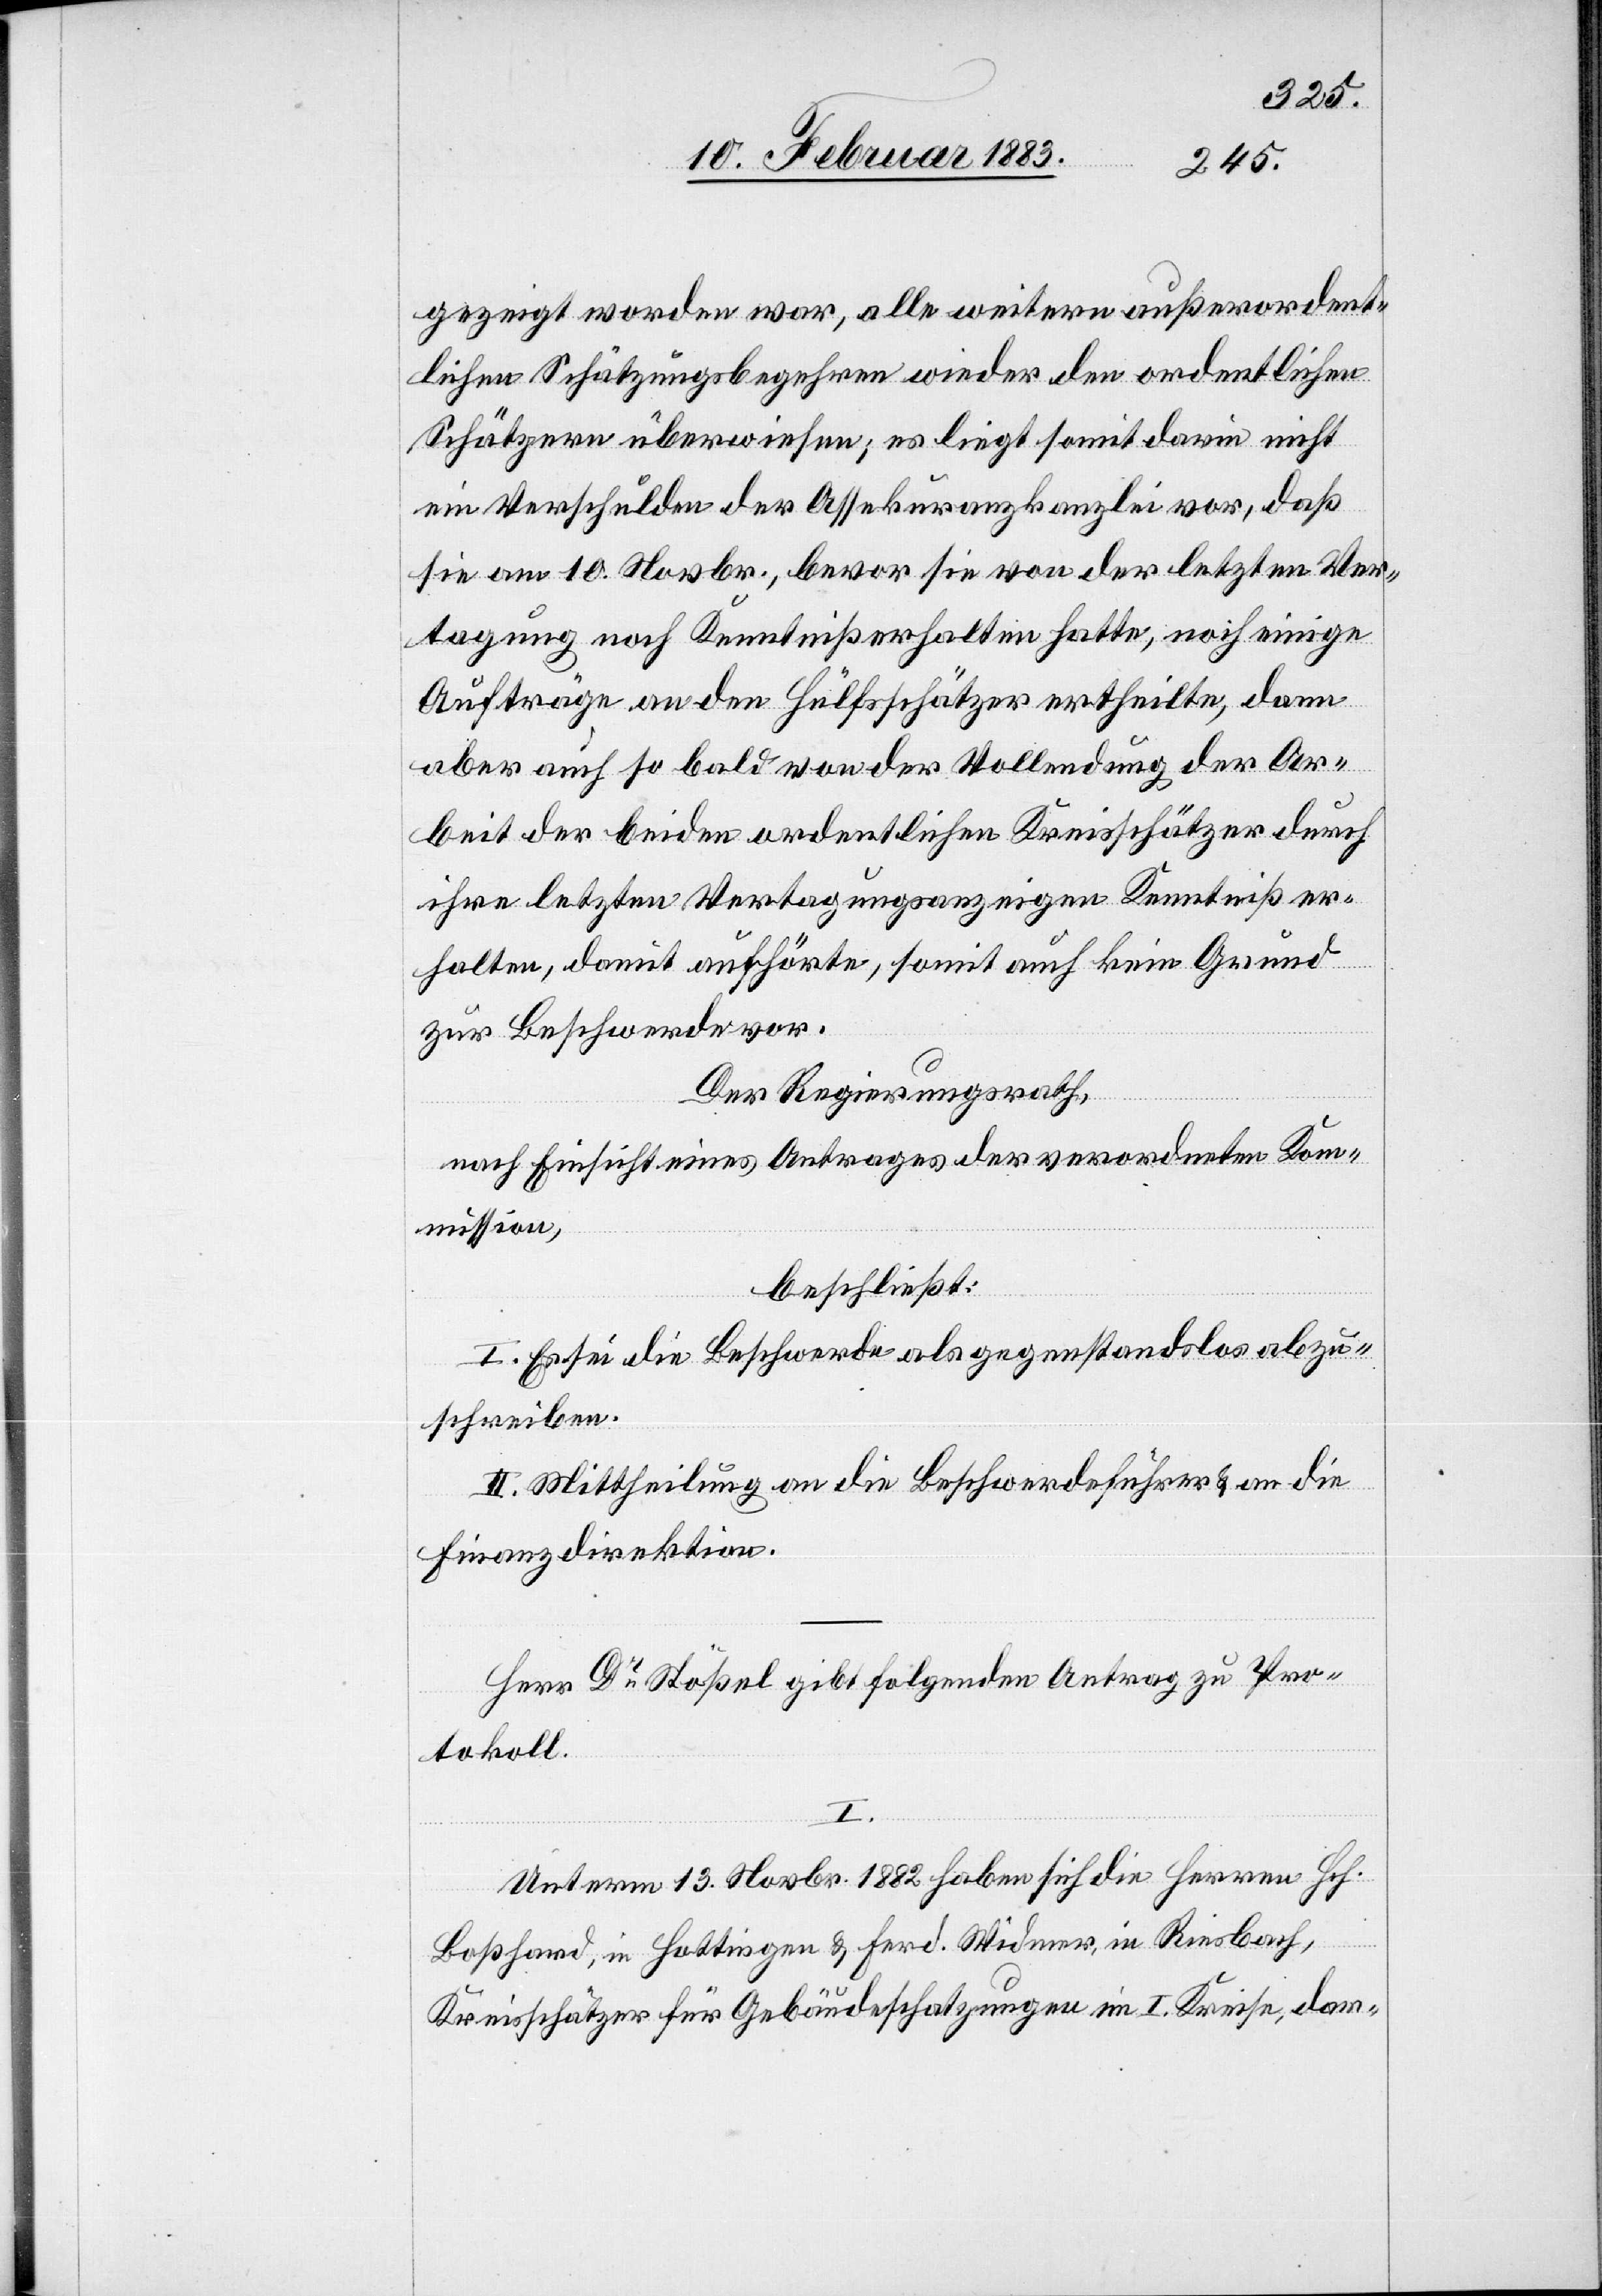
gezeigt worden war, alle weitern außerordent¬
lichen Schätzungsbegehren wieder den ordentlichen
Schätzern überwiesen; es liegt somit darin nicht
ein Verschulden der Assekuranzkanzlei vor, daß
sie am 10. Novbr., bevor sie von der letzten Ver¬
tagung noch Kenntniß erhalten hatte, noch einige
Aufträge an den Hülfsschätzer ertheilte, dann
aber auch so bald von der Vollendung der Ar¬
beit der beiden ordentlichen Kreisschätzer durch
ihre letzten Vertagungsanzeigen Kenntniß er¬
halten, damit aufhörte, somit auch kein Grund
zur Beschwerde vor.
Der Regierungsrath,
nach Einsicht eines Antrages der verordneten Kom¬
mission,
beschließt:
I. Es sei die Beschwerde als gegenstandslos abzu¬
schreiben.
II. Mittheilung an die Beschwerdeführer & an die
Finanzdirektion.
Herr Dr Stößel gibt folgenden Antrag zu Pro¬
tokoll:
I.
Unterm 13. Novbr. 1882 haben sich die Herren Hch.
Boßhard, in Hottingen & Ferd. Widmer, in Riesbach,
Kreisschätzer für Gebäudeschatzungen im I. Kreise, dar-